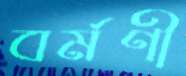
বর্মণী